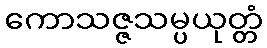
ကောသဇ္ဇသမ္ပယုတ္တံ